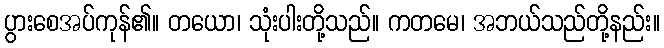
ပွားစေအပ်ကုန်၏။ တယော၊ သုံးပါးတို့သည်။ ကတမေ၊ အဘယ်သည်တို့နည်း။